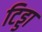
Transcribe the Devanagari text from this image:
टिड्डा